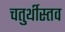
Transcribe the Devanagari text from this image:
चतुर्थीस्तव